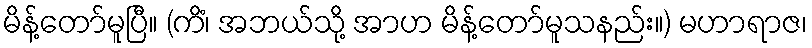
မိန့်တော်မူပြီ။ (ကိံ၊ အဘယ်သို့ အာဟ မိန့်တော်မူသနည်း။) မဟာရာဇ၊